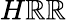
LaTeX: H\mathbb{R}\mathbb{R}